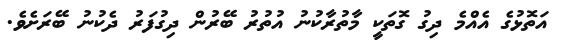
އަތޮޅުގެ އެއްމެ ދިގު ގޮތަކީ މާތުރާކުނު އުތުރު ބޭރުން ދިގުފަރު ދެކުނު ބޭރަށެވެ.